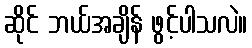
ဆိုင် ဘယ်အချိန် ဖွင့်ပါသလဲ။